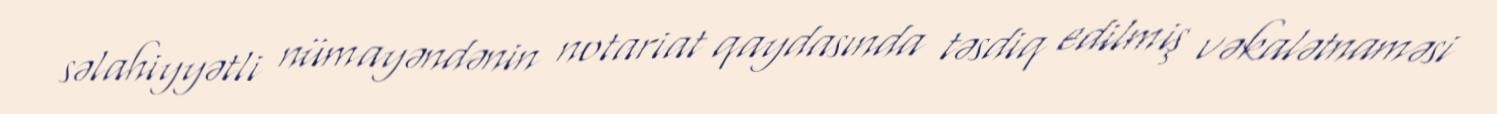
səlahiyyətli nümayəndənin notariat qaydasında təsdiq edilmiş vəkalətnaməsi